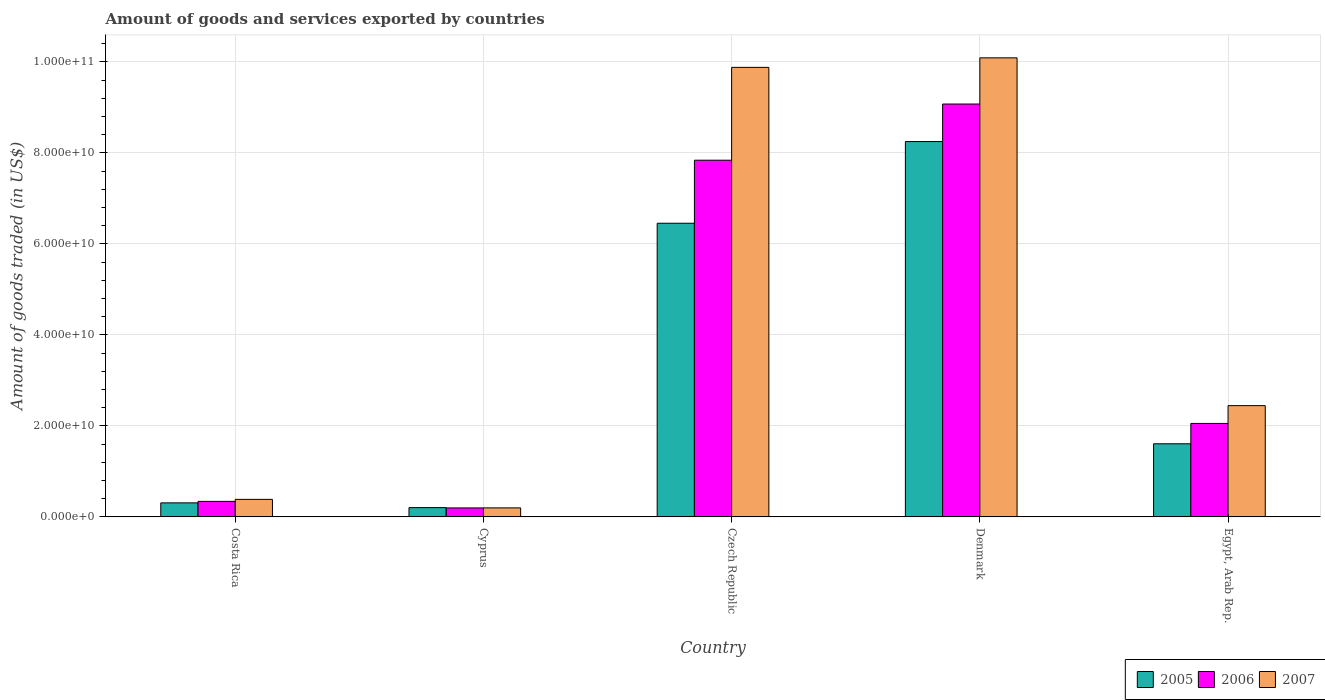
| Country | 2005 | 2006 | 2007 |
 | --- | --- | --- | --- |
 | Costa Rica | 3.09e+09 | 3.42e+09 | 3.86e+09 |
 | Cyprus | 2.05e+09 | 1.98e+09 | 1.99e+09 |
 | Czech Republic | 6.45e+10 | 7.84e+10 | 9.88e+10 |
 | Denmark | 8.25e+10 | 9.07e+10 | 1.01e+11 |
 | Egypt, Arab Rep. | 1.61e+10 | 2.05e+10 | 2.45e+10 |